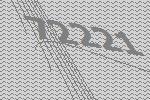
72221